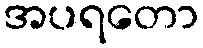
အပရတော